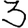
Digit: 3